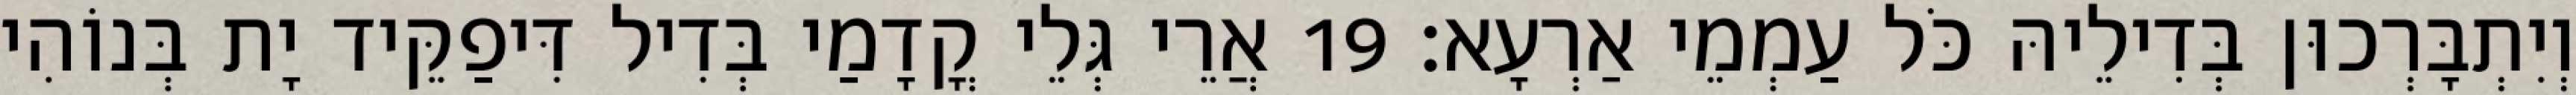
וְיִתְבָּרְכוּן בְּדִילֵיהּ כֹּל עַמְמֵי אַרְעָא׃ 19 אֲרֵי גְּלֵי קֳדָמַי בְּדִיל דִּיפַקֵּיד יָת בְּנוֹהִי